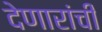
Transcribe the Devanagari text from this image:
देणारांची